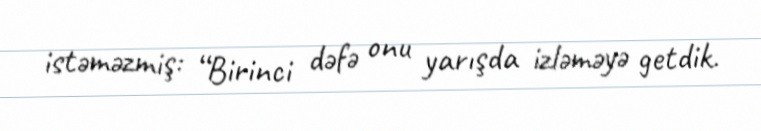
istəməzmiş: “Birinci dəfə onu yarışda izləməyə getdik.